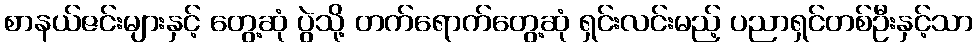
စာနယ်ဇင်းများနှင့် တွေ့ဆုံ ပွဲသို့ တက်ရောက်တွေ့ဆုံ ရှင်းလင်းမည့် ပညာရှင်တစ်ဦးနှင့်သာ